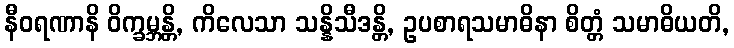
နီဝရဏာနိ ဝိက္ခမ္ဘန္တိ, ကိလေသာ သန္နိသီဒန္တိ, ဥပစာရသမာဓိနာ စိတ္တံ သမာဓိယတိ,